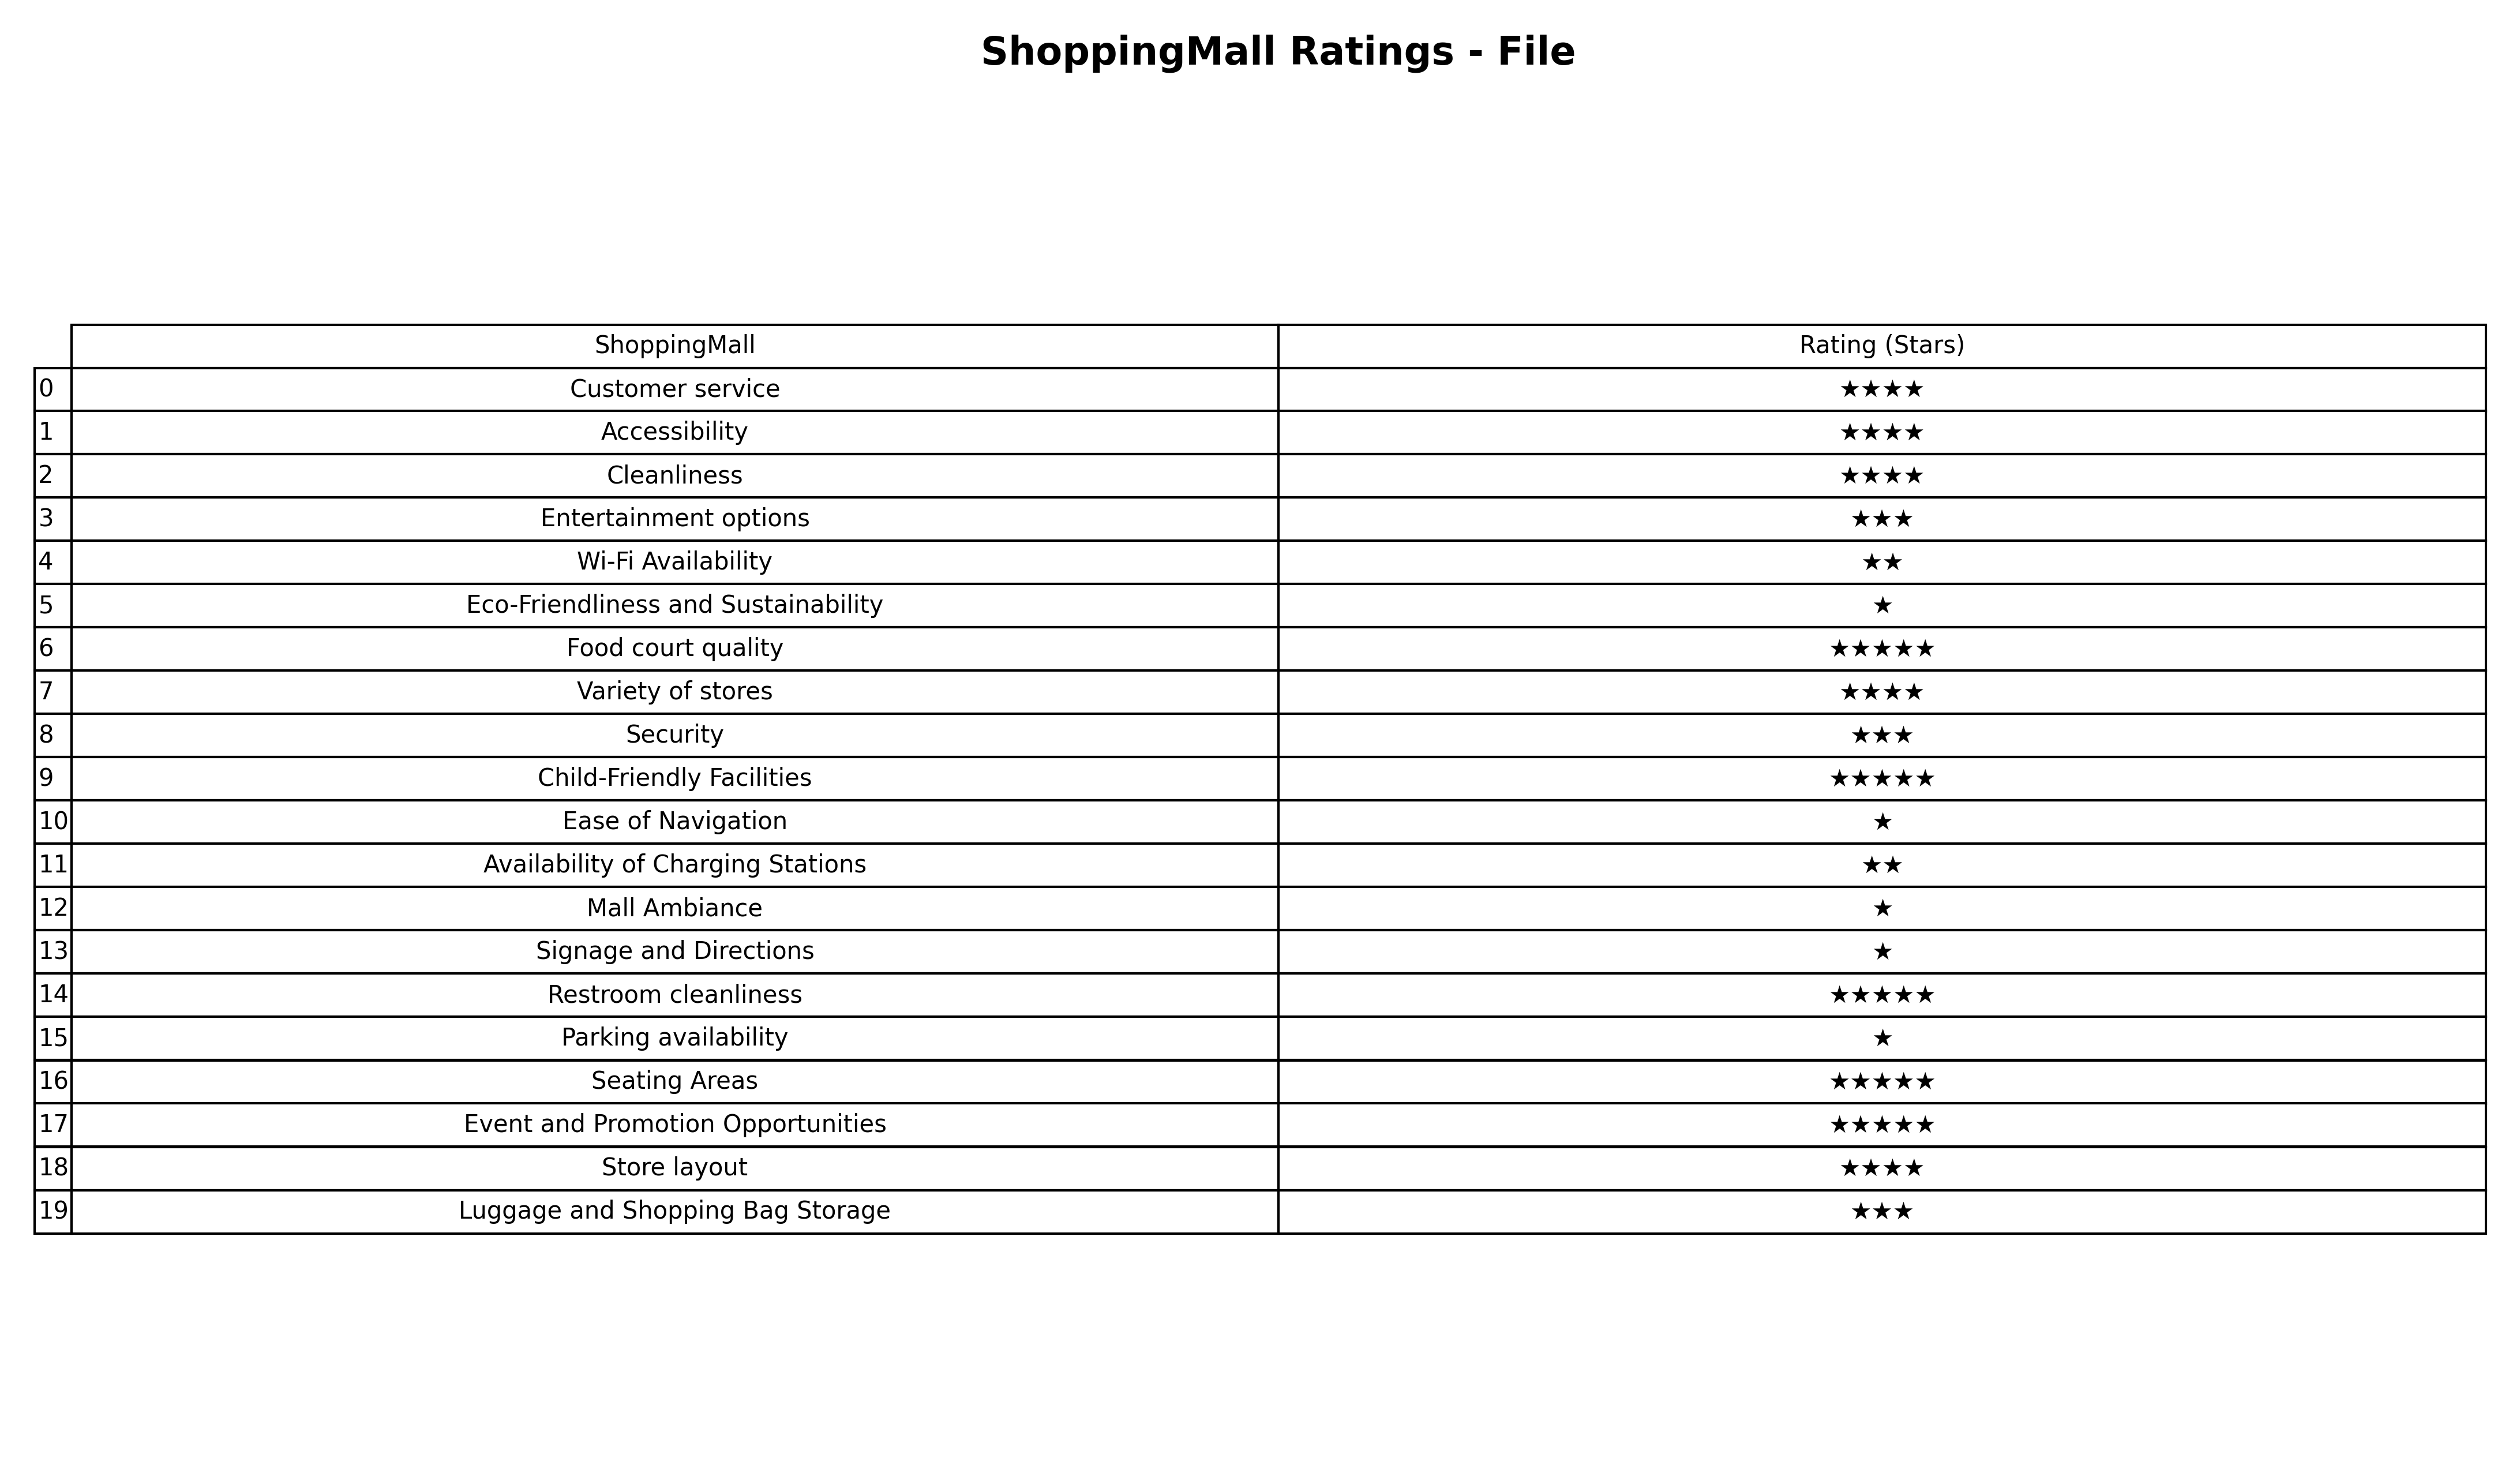
question: What is the rating of Event and Promotion Opportunities?
answer: ★★★★★